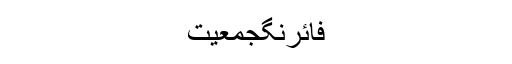
فائرنگجمعیت